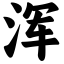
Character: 浑